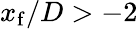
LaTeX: x_{\mathrm{f}}/D>-2